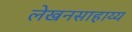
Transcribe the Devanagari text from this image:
लेखनसाहाय्य